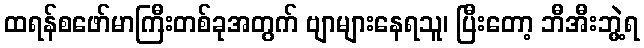
ထရန်စဖော်မာကြီးတစ်ခုအတွက် ဗျာများနေရသူ၊ ပြီးတော့ ဘီအီးဘွဲ့ရ